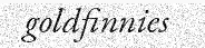
goldfinnies